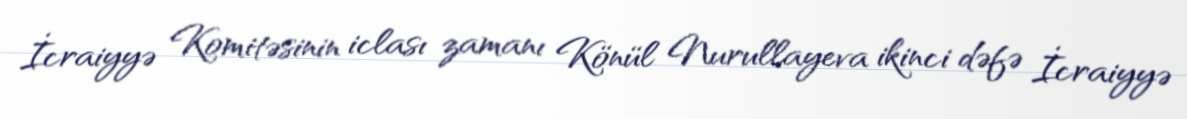
İcraiyyə Komitəsinin iclası zamanı Könül Nurullayeva ikinci dəfə İcraiyyə